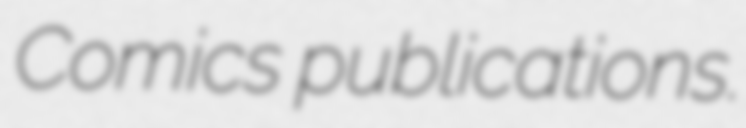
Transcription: Comics publications.